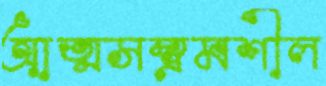
আত্মসম্ভ্রমশীল